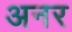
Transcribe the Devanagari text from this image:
अनर